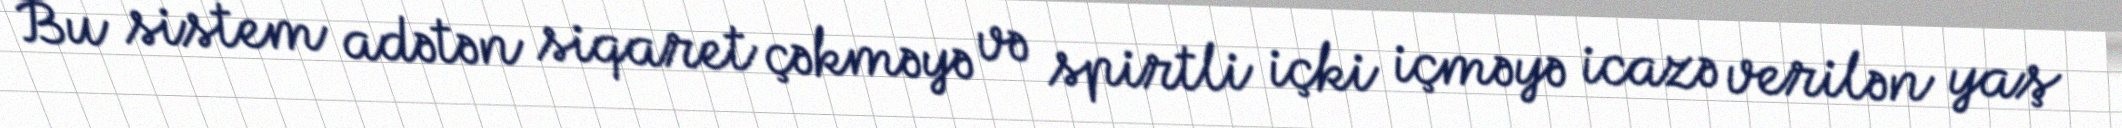
Bu sistem adətən siqaret çəkməyə və spirtli içki içməyə icazə verilən yaş